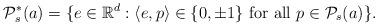
LaTeX: \begin{align*}{\mathcal P}_s^*(a)=\{e\in{\mathbb R}^d:\langle e,p\rangle\in\{0,\pm 1\}\mbox{ for all }p\in{\mathcal P}_s(a)\}.\end{align*}